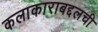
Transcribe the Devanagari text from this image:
कलाकाराबद्दलची